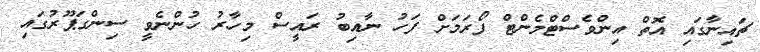
ޗައިނާގައި އޮތް އިންވެސްޓްމެންޓް ފޯރަމަށް ފަހު ނާއިބު ރައީސް މިހާރު ހުންނެވީ ސިންގަޕޫރުގައި